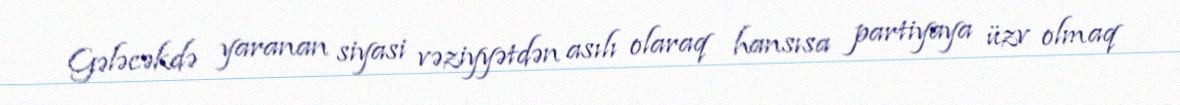
Gələcəkdə yaranan siyasi vəziyyətdən asılı olaraq hansısa partiyaya üzv olmaq